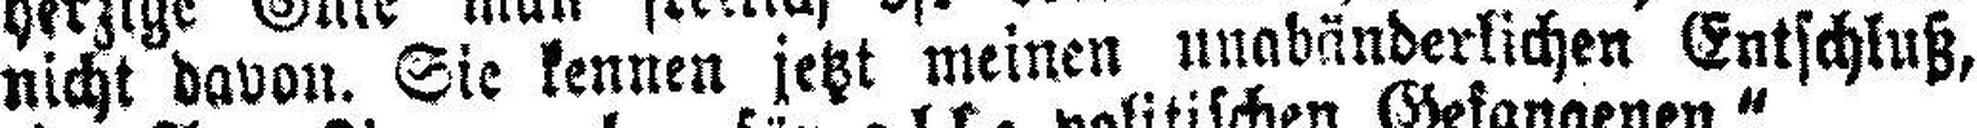
nicht davon. Sie kennen jetzt meinen unabänderlichen Entschluß,